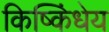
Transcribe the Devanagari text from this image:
किष्किंधेय